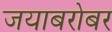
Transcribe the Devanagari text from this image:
जयाबरोबर